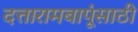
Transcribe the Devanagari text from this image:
दत्तारामबापूंसाठी